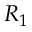
R _ { 1 }